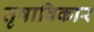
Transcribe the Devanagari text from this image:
तृषाविकार